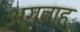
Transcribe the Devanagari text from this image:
अगवाह